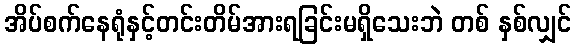
အိပ်စက်နေရုံနှင့်တင်းတိမ်အားရခြင်းမရှိသေးဘဲ တစ် နှစ်လျှင်